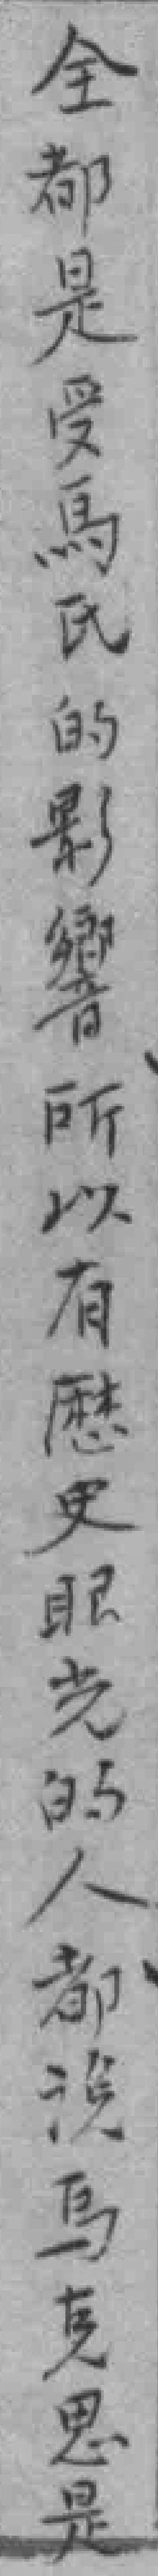
全都是受馬氏的影響所以有歴史眼光的人都沒说馬克思是